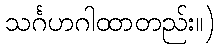
သင်္ဂဟဂါထာတည်း။)